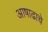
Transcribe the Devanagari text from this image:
आषाढाचे